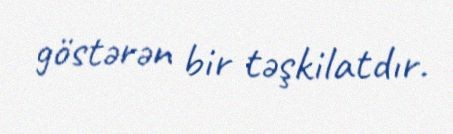
göstərən bir təşkilatdır.